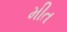
મીત